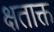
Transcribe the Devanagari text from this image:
क्षताक्त